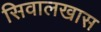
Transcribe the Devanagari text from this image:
सिवालखास